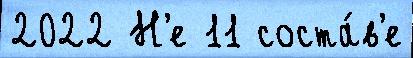
2022 Н'е 11 соста́в'е